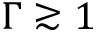
\Gamma \gtrsim 1